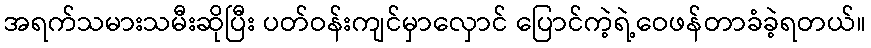
အရက်သမားသမီးဆိုပြီး ပတ်ဝန်းကျင်မှာလှောင် ပြောင်ကဲ့ရဲ့ဝေဖန်တာခံခဲ့ရတယ်။